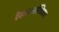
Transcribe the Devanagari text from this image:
रेखाटनांशिवाय